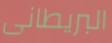
البريطانى